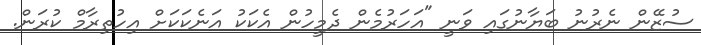
ސުޒޭން ނެރުނު ބަޔާނުގައި ވަނީ "އަހަރުމެން ދެމީހުން އެކަކު އަނެކަކަށް އިހުތިރާމް ކުރަން.